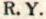
R. Y.